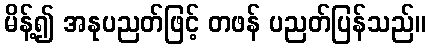
မိန့်၍ အနုပညတ်ဖြင့် တဖန် ပညတ်ပြန်သည်။